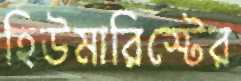
হিউমারিস্টের